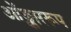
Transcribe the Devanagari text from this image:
ओंङ्काररूप